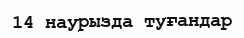
14 наурызда туғандар